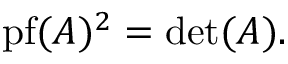
\operatorname { p f } ( A ) ^ { 2 } = \operatorname* { d e t } ( A ) .